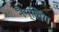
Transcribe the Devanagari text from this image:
नैग्लिंग